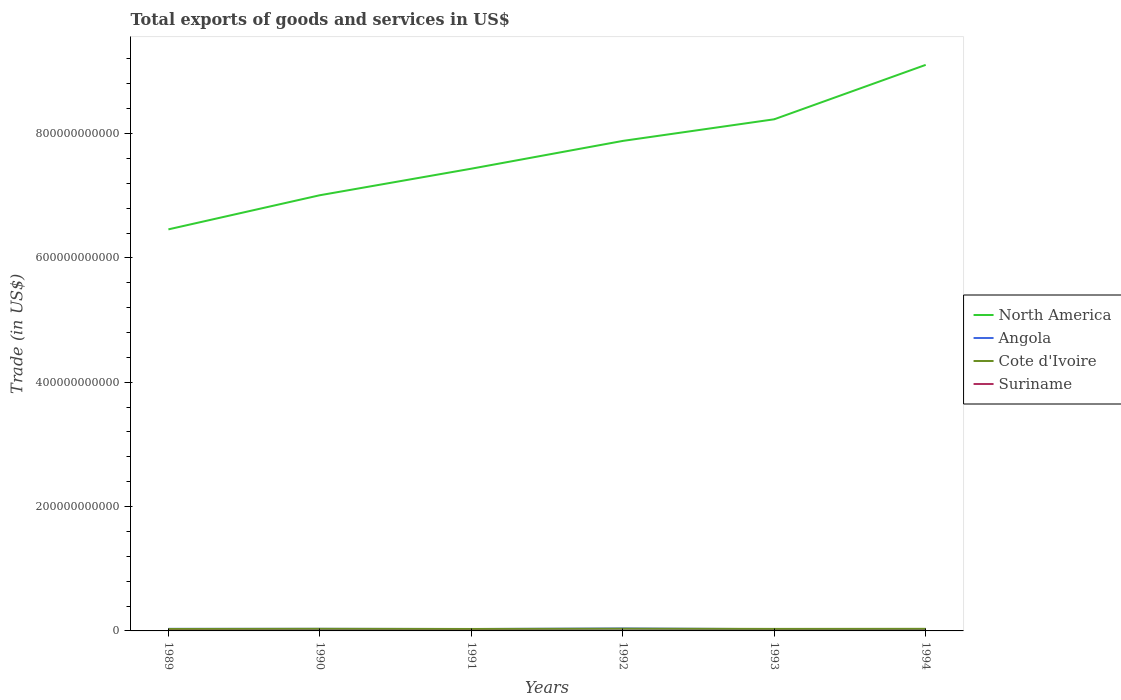
| Years | North America | Angola | Cote d'Ivoire | Suriname |
 | --- | --- | --- | --- | --- |
 | 1989 | 6.46e+11 | 3.34e+09 | 3.13e+09 | 2.05e+08 |
 | 1990 | 7.01e+11 | 3.34e+09 | 3.42e+09 | 1.63e+08 |
 | 1991 | 7.43e+11 | 3.03e+09 | 3.15e+09 | 1.57e+08 |
 | 1992 | 7.88e+11 | 3.94e+09 | 3.56e+09 | 1.16e+08 |
 | 1993 | 8.23e+11 | 2.85e+09 | 3.25e+09 | 8.75e+07 |
 | 1994 | 9.1e+11 | 2.65e+09 | 3.37e+09 | 1.39e+08 |